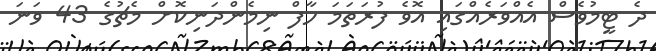
ދެ ޓީމުވެސް އެއްވަރެއްގައި އޮވެ ފުރަތަމަ ހާފް ނިމެންދަނިކޮށް މެޗުގެ 43 ވަނަ